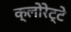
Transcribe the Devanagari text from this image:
क्‍लोरेट्टे